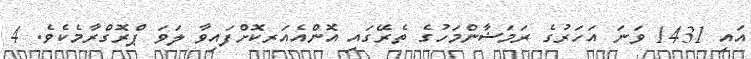
އައި 1431 ވަނަ އަހަރުގެ ރަމަޟާންމަހުގެ ތެރޭގައި އޮންއެއަރކޮށްފައިވާ ލަވަ ޕްރޮގްރާމެކެވެ. 4